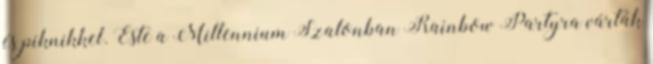
és piknikkel. Este a Millennium Szalonban Rainbow Partyra várták